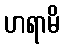
ဟရာမိ